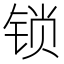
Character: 锁